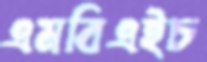
এমবিএইচ